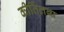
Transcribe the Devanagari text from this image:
कीर्तिलब्ध